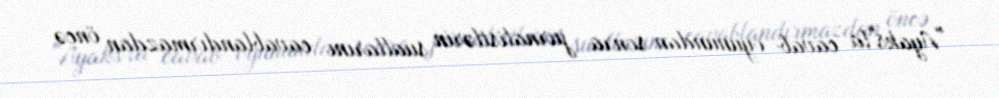
"Ayaks"la cavab oyunundan sonra jurnalistlərin suallarını cavablandırmazdan öncə